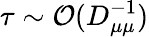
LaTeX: \tau\sim\mathcal{O}(D_{\mu\mu}^{-1})